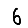
Digit: 6